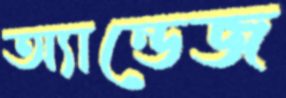
অ্যান্ডেজ